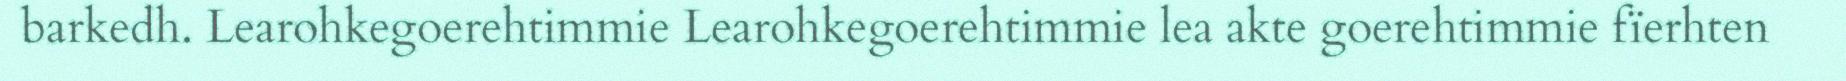
barkedh. Learohkegoerehtimmie Learohkegoerehtimmie lea akte goerehtimmie fïerhten